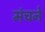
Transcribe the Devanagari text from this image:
मंचने